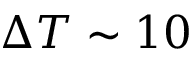
\Delta T \sim 1 0